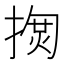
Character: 𢱳